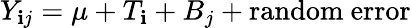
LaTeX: Y_{\mathbf{i}j}=\mu+T_{\mathbf{i}}+B_{j}+\mathrm{{random\ error}}